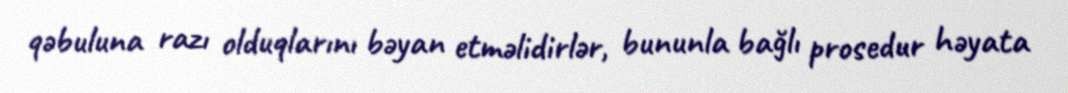
qəbuluna razı olduqlarını bəyan etməlidirlər, bununla bağlı prosedur həyata